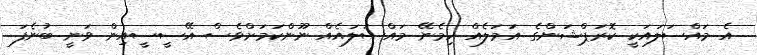
އެ މައްސަލައަކީ ކޮރަޕްޝަންގެ އަމަލެއް ހިމެނޭ މައްސަލައެއް ނޫންކަމަށްވެސް އޭސީސީއިން ވަނީ ބުނެފަ